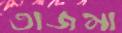
তাজমা